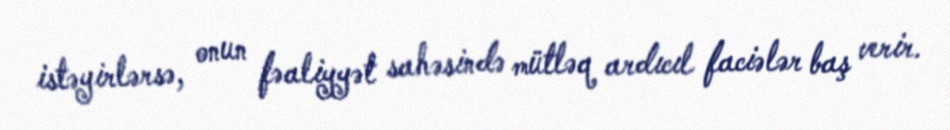
istəyirlərsə, onun fəaliyyət sahəsində mütləq ardıcıl faciələr baş verir.